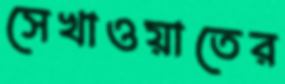
সেখাওয়াতের